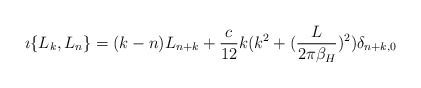
\begin{align*}\imath \{L_k,L_n \}=(k-n) L_{n+k}+ {c\over 12} k(k^2+({L\over 2\pi\beta_H})^2)\delta_{n+k,0}\end{align*}